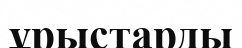
ұрыстарды